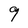
Character: 9